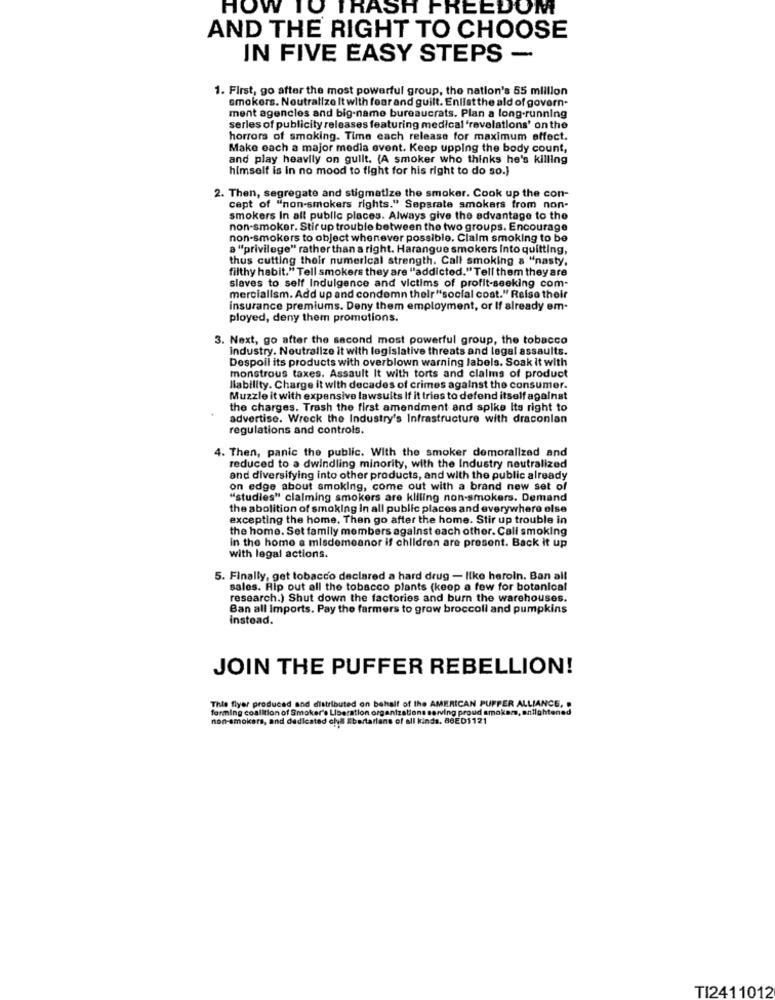
HOW TO TRASH FREEDOM
AND THE RIGHT TO CHOOSE
IN FIVE EASY STEPS -
1. First, go after the most powerful group, the nation's 55 million
smokers. Neutralize It with fear and guilt. Enlist the ald of govern-
ment agencies and big-name bureaucrats. Plan a long-running
serles of publicity releases featuring medical 'revelations' on the
horrors of smoking. Time each release for maximum effect.
Make each a major media event. Keep upping the body count,
and play heavily on guilt. (A smoker who thinks he's killing
himself is in no mood to fight for his right to do so.)
2. Then, segregate and stigmatize the smoker. Cook up the con-
cept of "non-smokers rights." Separate smokers from non-
smokers In all public places. Always give the advantage to the
non-smoker. Stir up trouble between the two groups. Encourage
non-smokers to object whenever possible. Claim smoking to be
a "privilege" rather than a right. Harangue smokers Into quitting,
thus cutting their numerical strength. Call smoking a "nasty,
filthy habit." Tell smokers they are "addicted."Tell them they are
slaves to self Indulgence and victims of profit-seeking com-
merciallsm. Add up and condemn their"social cost." Reise their
insurance premiums. Deny them employment, or If already em-
ployed, deny them promotions.
3. Next, go after the second most powerful group, the tobacco
industry. Neutralize it with legislative threats and legal assaults.
Despoil its products with overblown warning labels. Soak it with
monstrous taxes. Assault It with torts and claims of product
liability. Charge it with decades of crimes against the consumer.
Muzzle it with expensive lawsuits If it tries to defend itself against
the charges. Trash the first amendment and spike Its right to
advertise. Wreck the Industry's Infrastructure with draconian
regulations and controls.
4. Then, panic the public. With the smoker demoralized and
reduced to a dwindling minority, with the Industry neutralized
and diversifying into other products, and with the public already
on edge about smoking, come out with a brand new set of
"studies" claiming smokers are killing non-smokers. Demand
the abolition of smoking in all public places and everywhere else
excepting the home. Then go after the home. Stir up trouble in
the home. Set family members against each other. Call smoking
in the home a misdemeanor if children are present. Back it up
with legal actions.
5. Finally, get tobacco declared a hard drug - like heroin. Ban all
sales. Rip out all the tobacco plants (keep a few for botanical
research.) Shut down the factories and burn the warehouses.
Ban all Imports. Pay the farmers to grow broccoli and pumpkins
instead.
JOIN THE PUFFER REBELLION!
Thle flyer produced and distributed on behalf of the AMERICAN PUP
forming coalition of Smaker's Liberation organizations serving proud amokam, antightened
RICAN PUPPER A
non-smokers, and dedicated civil Ebertarians of all kinds. 88ED1121
TI2411012